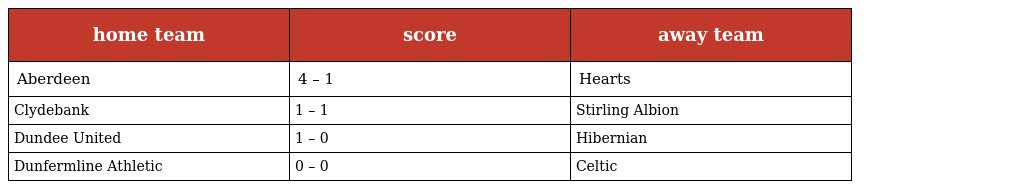
| home team | score | away team |
 | --- | --- | --- |
 | Aberdeen | 4 – 1 | Hearts |
 | Clydebank | 1 – 1 | Stirling Albion |
 | Dundee United | 1 – 0 | Hibernian |
 | Dunfermline Athletic | 0 – 0 | Celtic |